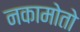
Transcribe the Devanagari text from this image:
नकामोतो